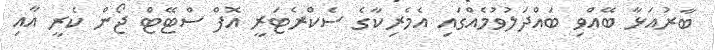
ބާރުއަޅާ ބޭއްވި ބައްދަލުވުމެއްގައި އެމެރިކާގެ ސެކްރެޓަރީ އޮފް ސްޓޭޓް ޖޯން ކެރީ އާއި